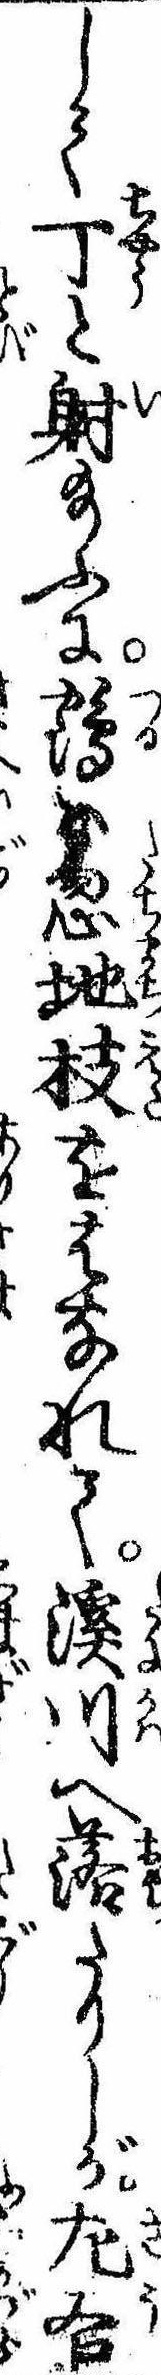
して丁と射給ふに鶴は忽地枝をはなれて渓川へ落たりしが㔫右